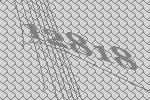
12818